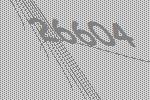
26604